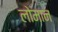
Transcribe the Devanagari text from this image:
लोमान